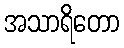
အသာရိတော